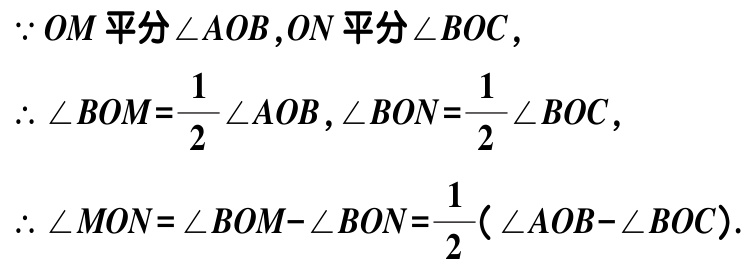
\(\because OM \text{ 平分} \angle AOB,ON \text{ 平分} \angle BOC,\)

\(\therefore \angle BOM = \frac{1}{2}\angle AOB,\angle BON=\frac{1}{2}\angle BOC,\)

\(\therefore \angle MON=\angle BOM - \angle BON=\frac{1}{2}(\angle AOB - \angle BOC).\)